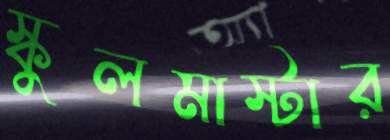
স্কুলমাস্টার